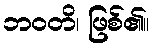
ဘဝတိ၊ ဖြစ်၏။